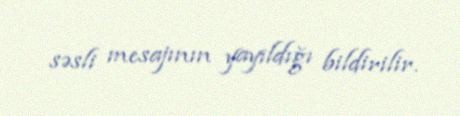
səsli mesajının yayıldığı bildirilir.